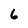
Character: 6